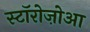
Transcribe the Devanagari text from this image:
स्टॉरोज़ोआ